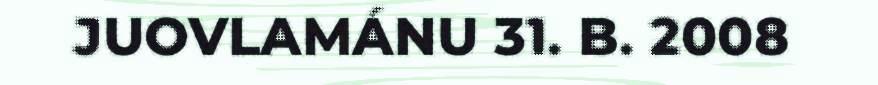
JUOVLAMÁNU 31. B. 2008